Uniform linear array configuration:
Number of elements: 4
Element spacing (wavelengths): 0.25
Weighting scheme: uniform
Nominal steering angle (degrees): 60
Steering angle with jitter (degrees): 59.14
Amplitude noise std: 0.05
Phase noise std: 0.05

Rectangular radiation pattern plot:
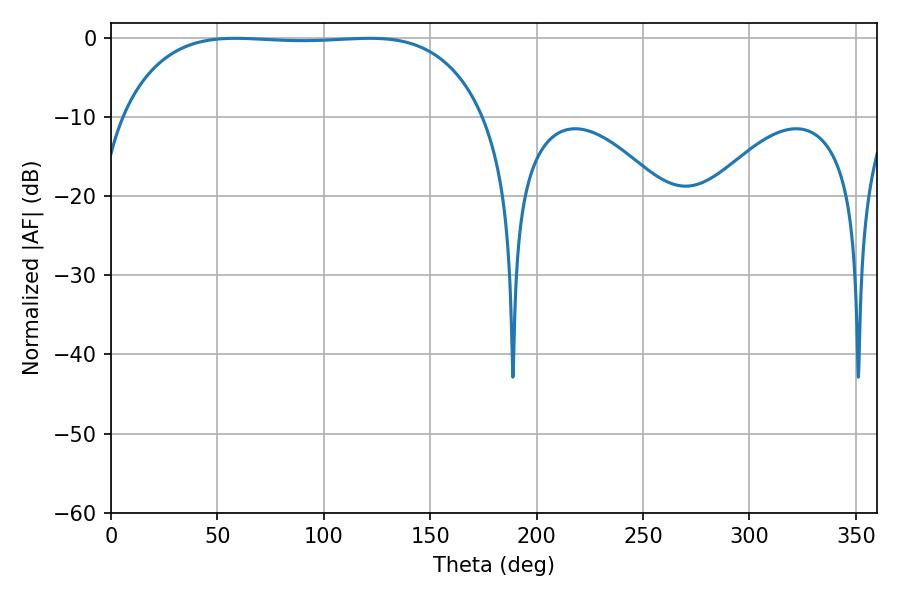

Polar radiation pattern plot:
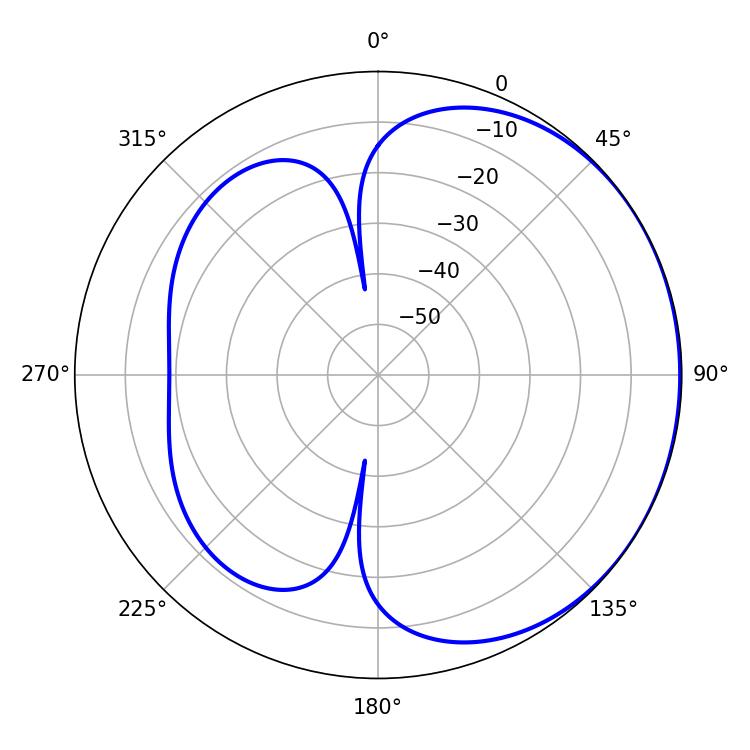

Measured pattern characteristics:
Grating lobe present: FALSE
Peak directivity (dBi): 0.777
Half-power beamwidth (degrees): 133.2
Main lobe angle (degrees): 58.32